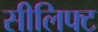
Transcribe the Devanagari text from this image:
सीलिफ्ट